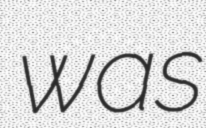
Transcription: was